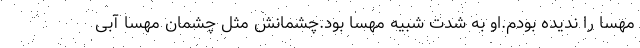
مهسا را ندیده بودم.او به شدت شبیه مهسا بود.چشمانش مثل چشمان مهسا آبی